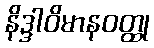
နိဒ္ဒါဝိမာနဝတ္ထု